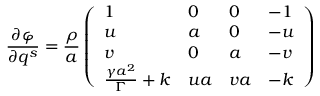
\frac { \partial \varphi } { \partial q ^ { s } } = \frac { \rho } { a } \left( \begin{array} { l l l l } { 1 } & { 0 } & { 0 } & { - 1 } \\ { u } & { a } & { 0 } & { - u } \\ { v } & { 0 } & { a } & { - v } \\ { \frac { \gamma a ^ { 2 } } { \Gamma } + k } & { u a } & { v a } & { - k } \end{array} \right)